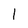
Character: l